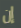
إن